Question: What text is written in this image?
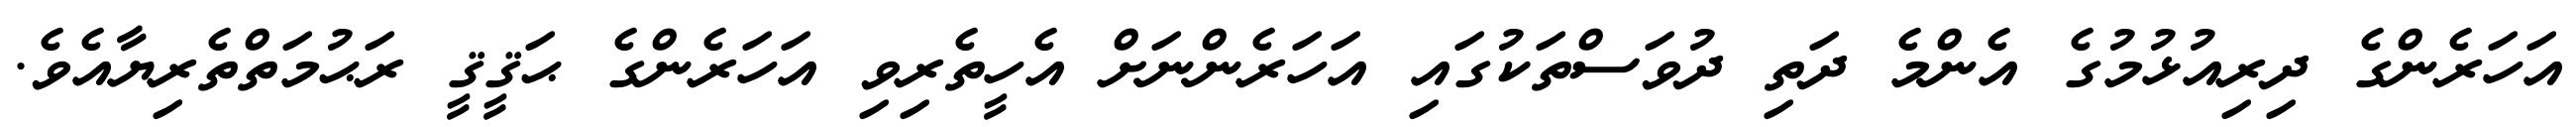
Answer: އަހަރެންގެ ދިރިއުޅުމުގެ އެންމެ ދަތި ދުވަސްތަކުގައި އަހަރެންނަށް އެހީތެރިވި އަހަރެންގެ ޙަޤީޤީ ރަޙުމަތްތެރިޔާއެވެ.